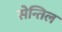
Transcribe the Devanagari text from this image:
सेन्तिल